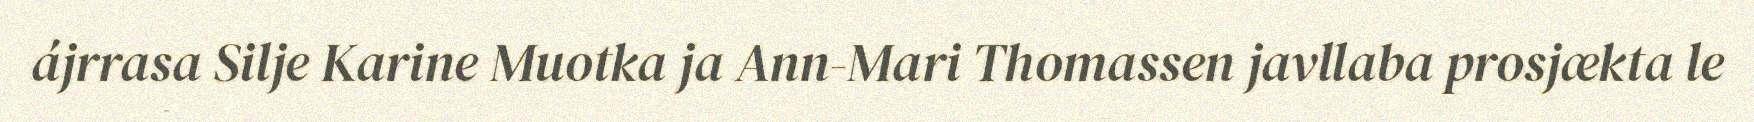
ájrrasa Silje Karine Muotka ja Ann-Mari Thomassen javllaba prosjækta le